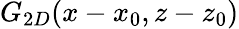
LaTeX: G_{2D}(x-x_{0},z-z_{0})